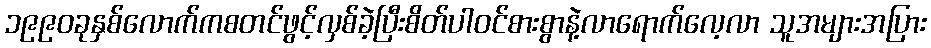
၁၉၉၀ခုနှစ်လောက်ကစတင်ဖွင့်လှစ်ခဲ့ပြီးစိတ်ပါဝင်စားစွာနဲ့လာရောက်လေ့လာ သူအများအပြား